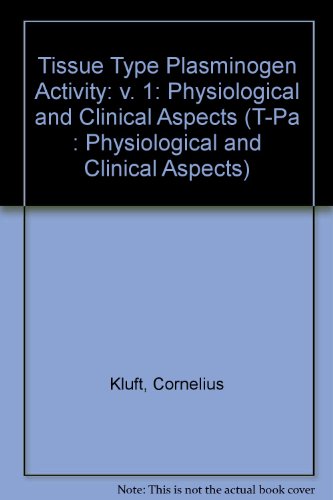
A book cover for Tissue Type Plasminogen Activity, Volume I (T-Pa : Physiological and Clinical Aspects); Cornelis Kluft; Medical Books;